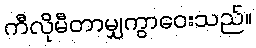
ကီလိုမီတာမျှကွာဝေးသည်။